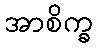
အာစိက္ခ